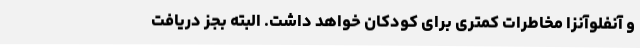
و آنفلوآنزا مخاطرات کمتری برای کودکان خواهد داشت. البته بجز دریافت